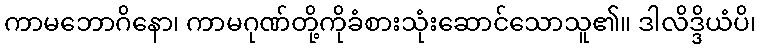
ကာမဘောဂိနော၊ ကာမဂုဏ်တို့ကိုခံစားသုံးဆောင်သောသူ၏။ ဒါလိဒ္ဒိယံပိ၊